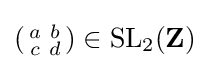
({\begin{smallmatrix}a&b\\c&d\end{smallmatrix}})\in \operatorname {SL} _{2}(\mathbf {Z} )